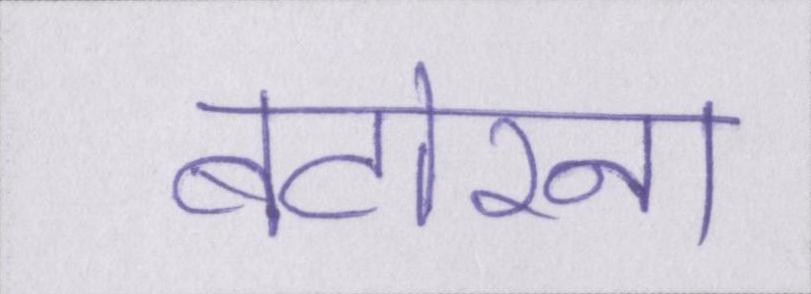
बटोरना